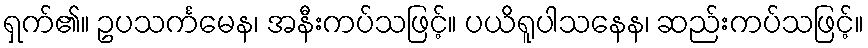
ရှက်၏။ ဥပသင်္ကမေန၊ အနီးကပ်သဖြင့်။ ပယိရူပါသနေန၊ ဆည်းကပ်သဖြင့်။